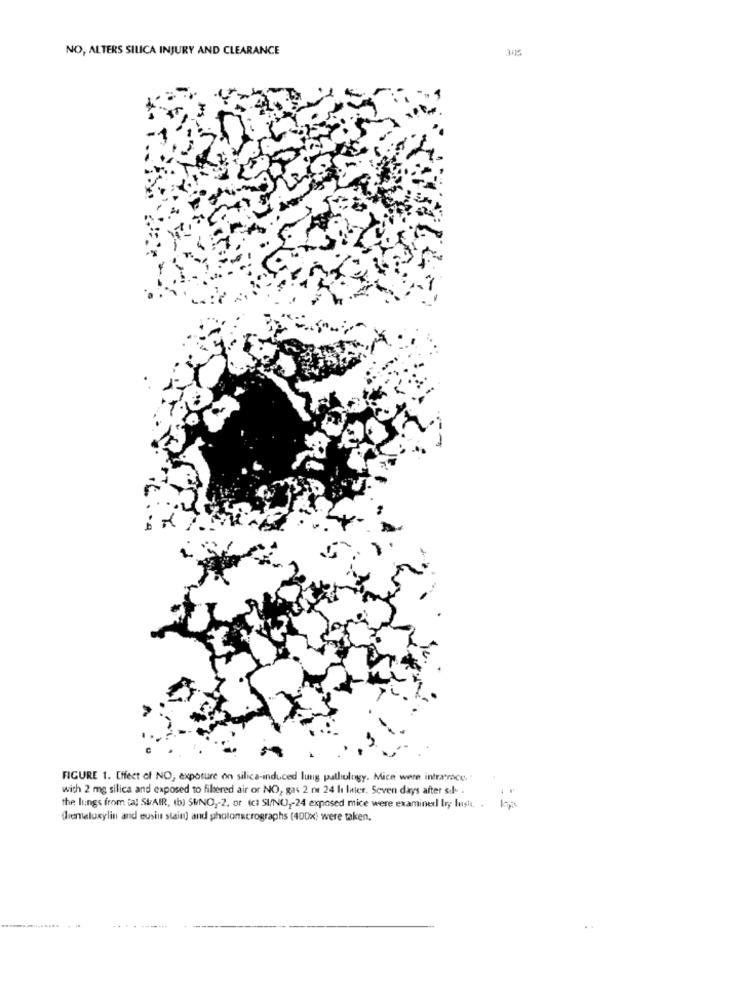
NO, ALTERS SILICA INJURY AND CLEARANCE
3.5
FIGURE 1. Effect of NO, exposure on silica-induced lung pathology. Mice were intrarce ..
with 2 mg silica and exposed to filtered air or NO, gas 2 nr 24 lı later. Seven days after sil .
the lungs from tal StAIR, (b) SUNO ,- 2, or (c) SI/NO ,- 24 exposed mice were examined bry lush, . ha
diematurylin and eusiu stain) and photonscrographs (400x; were taken.